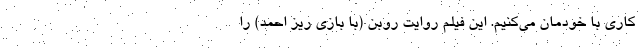
کاری با خودمان می‌کنیم. این فیلم روایت روبن (با بازی ریز احمد) را